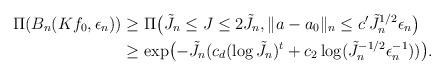
LaTeX: \begin{align*}\Pi(B_n(Kf_0,\epsilon_n)) &\geq \Pi\bigl( \tilde{J}_n \leq J \leq 2\tilde{J}_n, \|a - a_0 \|_n \leq c'\tilde{J}_n^{1/2} \epsilon_n \bigr) \\&\geq \exp\bigl(- \tilde{J}_n ( c_d(\log \tilde{J}_n)^t + c_2 \log(\tilde{J}_n^{-1/2}\epsilon_n^{-1}))\bigr).\end{align*}